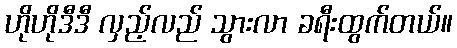
ဟိုဟိုဒီဒီ လှည့်လည် သွားလာ ခရီးထွက်တယ်။